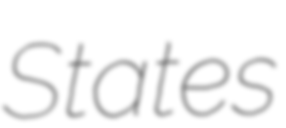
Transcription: States